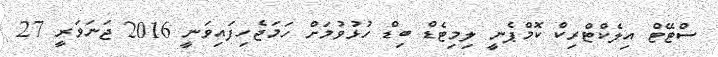
ސްޓޭޓް އިލެކްޓްރިކް ކޮމްޕެނީ ލިމިޓެޑް ބިޑް ހުޅުވުމަށް ހަމަޖެހިފައިވަނީ 2016 ޖަނަވަރީ 27